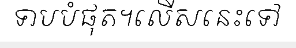
ទាបបំផុត។លើសនេះទៅ